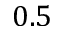
0 . 5